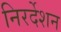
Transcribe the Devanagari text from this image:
निरर्देशन